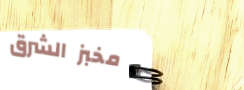
مخبز الشرق